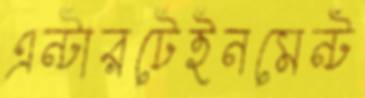
এন্টারটেইনমেন্ট